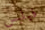
فيلبس